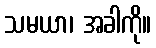
သမယာ၊ အခါကို။